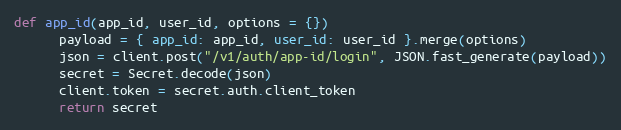
Language: Ruby
def app_id(app_id, user_id, options = {})
      payload = { app_id: app_id, user_id: user_id }.merge(options)
      json = client.post("/v1/auth/app-id/login", JSON.fast_generate(payload))
      secret = Secret.decode(json)
      client.token = secret.auth.client_token
      return secret